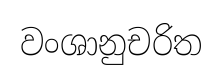
වංශානුචරිත